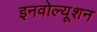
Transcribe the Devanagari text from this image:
इनवोल्यूशन